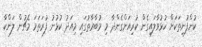
ކުންފުނިތަކަށް ހުޅުވާލައިގެން ކުރިއަށްގެންދާ މި މުބާރާތުގައި މިއަދު ކުޅުނު ފުރަތަމަ މެޗުން ލަންކާ